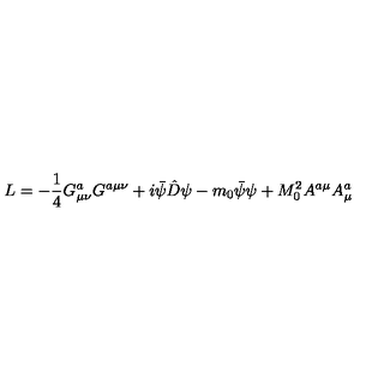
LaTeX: L = - \frac { 1 } { 4 } G _ { \mu \nu } ^ { a } G ^ { a \mu \nu } + i \bar { \psi } \hat { D } \psi - m _ { 0 } \bar { \psi } \psi + M _ { 0 } ^ { 2 } A ^ { a \mu } A _ { \mu } ^ { a }